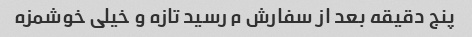
پنج دقیقه بعد از سفارش م رسید تازه و خیلی خوشمزه